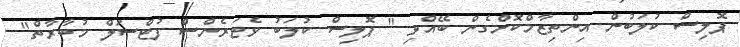
ޕޮލިސް ކުލަބުން އިންތިޒާމްކޮށްގެން ބޭއްވި " ޕޮލިސް ކުލަބު ވެޓަރެންސް ފުޓްސަލް މުބާރާތް"